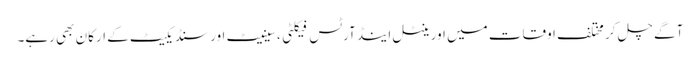
آگے چل کر مختلف اوقات میں اورینٹل اینڈ آرٹس فیکلٹی، سینیٹ اور سنڈیکیٹ کے ارکان بھی رہے۔